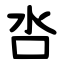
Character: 呇